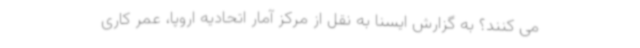
می کنند؟ به گزارش ایسنا به نقل از مرکز آمار اتحادیه اروپا، عمر کاری